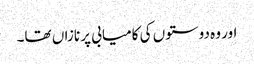
اور وہ دوستوں کی کامیابی پر نازاں تھا۔